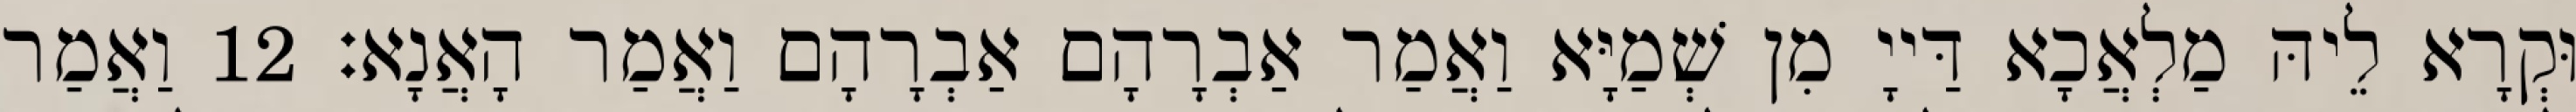
וּקְרָא לֵיהּ מַלְאֲכָא דַּייָ מִן שְׁמַיָּא וַאֲמַר אַבְרָהָם אַבְרָהָם וַאֲמַר הָאֲנָא׃ 12 וַאֲמַר